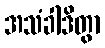
အသံခါဒိတွာ